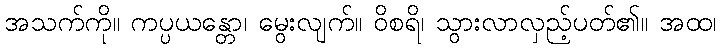
အသက်ကို။ ကပ္ပယန္တော၊ မွေးလျက်။ ဝိစရိ၊ သွားလာလှည့်ပတ်၏။ အထ၊